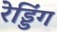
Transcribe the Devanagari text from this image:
रेड्डिंग